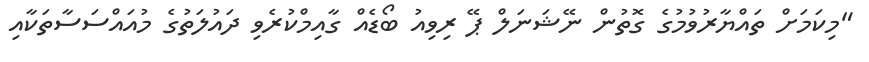
"މިކަމަށް ތައްޔާރުވުމުގެ ގޮތުން ނޭޝަނަލް ޕޭ ރިވިއު ބޯޑެއް ގާއިމްކުރެވި ދައުލަތުގެ މުއައްސަސާތަކާއި